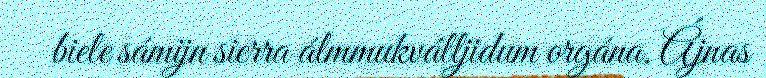
biele sámijn sierra álmmukválljidum orgána. Ájnas